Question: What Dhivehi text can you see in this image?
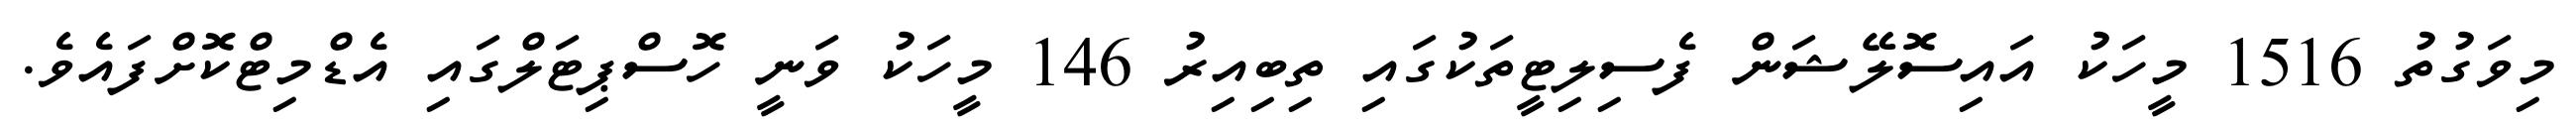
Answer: މިވަގުތު 1516 މީހަކު އައިސޮލޭޝަން ފެސިލިޓީތަކުގައި ތިބިއިރު 146 މީހަކު ވަނީ ހޮސްޕިޓަލްގައި އެޑްމިޓްކޮށްފައެވެ.